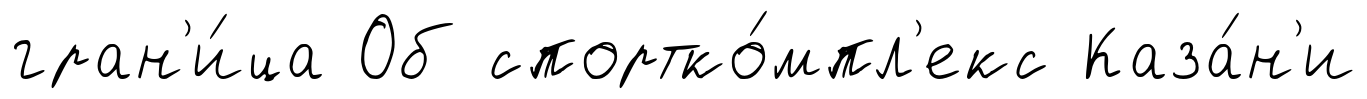
гран'и́ца Об спортко́мпл'екс Каза́н'и